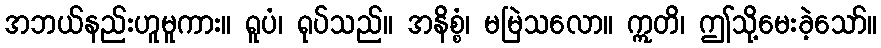
အဘယ်နည်းဟူမူကား။ ရူပံ၊ ရုပ်သည်။ အနိစ္စံ၊ မမြဲသလော။ ဣတိ၊ ဤသို့မေးခဲ့သော်။